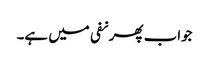
جواب پھر نفی میں ہے۔